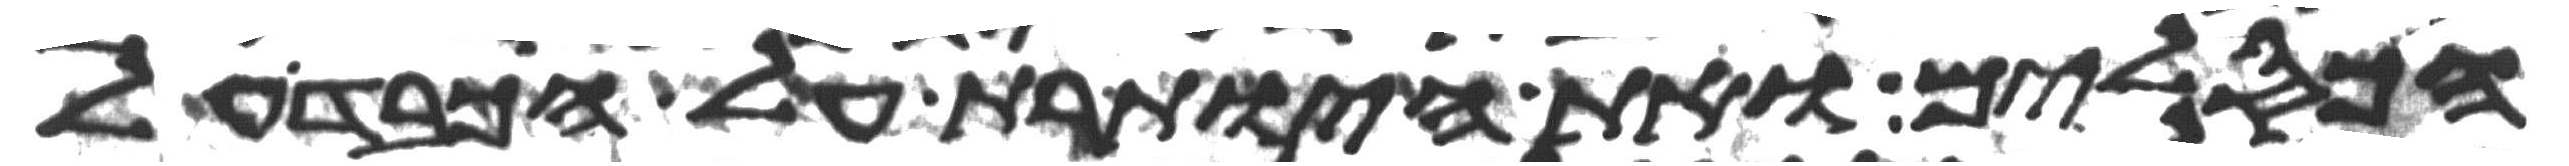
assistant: הכסלים ואת היותרת על הכבד על